Some observations on the morphology and mechanism of the parts in the orthorrapha - Number 58
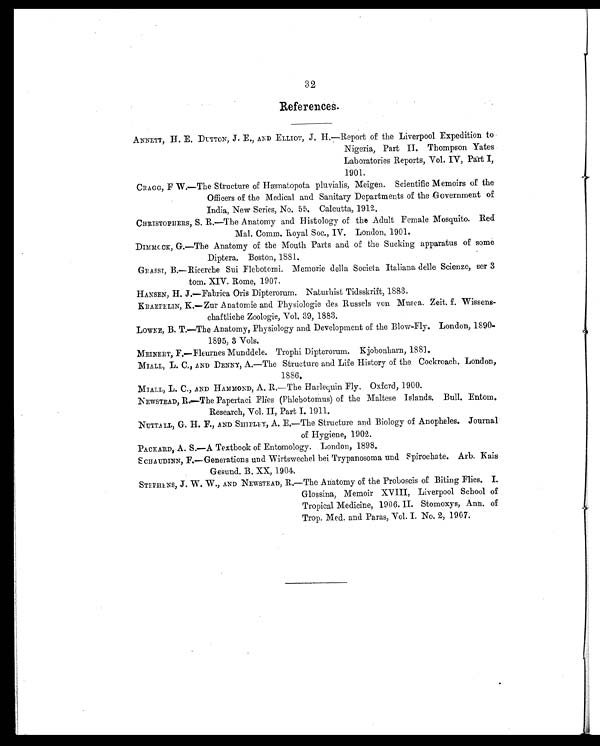
32
References.
ANNETT, H. E. DUTTON, J. E., AND ELLIOT, J. H.—Report of the Liverpool Expedition to
Nigeria, Part II. Thompson Yates
Laboratories Reports, Vol. IV, Part I,
1901.
CRAGG, F W.—The Structure of Hæmatopota pluvialis, Meigen. Scientific Memoirs of the
Officers of the Medical and Sanitary Departments of the Government of
India, New Series, No. 55. Calcutta, 1912.
CHRISTOPHERS, S. R.—The Anatomy and Histology of the Adult Female Mosquito. Red
Mal. Comm. Royal Soc., IV. London, 1901.
DIMMOCK, G.—The Anatomy of the Mouth Parts and of the Sucking apparatus of some
Diptera. Boston, 1881.
GRASSI, B.—Ricerche Sui Flebotomi. Memorie della Societa Italiana delle Scienze, ser 3
tom. XIV. Rome, 1907.
HANSEN, H. J.—Fabrica Oris Dipterorum. Naturbist Tidsskrift, 1883.
KRAEPELIN, K.—Zur Anatomie and Physiologie des Russels von Musca. Zeit. f. Wissens-
chaftliche Zoologie, Vol. 39, 1883.
LOWNE, B. T.—The Anatomy, Physiology and Development of the Blow-Fly. London, 1890-
1895, 3 Vols.
MEINERT, F.—Fleurnes Munddele. Trophi Dipterorum. Kjobonharn, 188].
MIALL, L. C., AND DENNY, A.—The Structure and Life History of the Cockroach. London,
1886.
MIALL, L. C., AND HAMMOND, A. R.—The Harlequin Fly. Oxford, 1900.
NEWSTEAD, R.—The Papertaci Flies (Phlebotomus) of the Maltese Islands. Bull. Entom.
Research, Vol. II, Part I. 1911.
NUTTALL, G. H. F., AND SHIPLEY, A. E.—The Structure and Biology of Anopheles. Journal
of Hygiene, 1902.
PACKARD, A. S.—A Textbook of Entomology. London, 1898.
SCHAUDINN, F.—Generations und Wirtswechel bei Trypanosoma und Spirochate. Arb. Kais
Gesund. B. XX, 1904.
STEPHENS, J. W. W., AND NEWSTEAD, R.—The Anatomy of the Proboscis of Biting Flies. I.
Glossina, Memoir XVIII, Liverpool School of
Tropical Medicine, 1906. II. Stomoxys, Ann. of
Trop. Med. and Paras, Vol. I. No. 2, 1907.